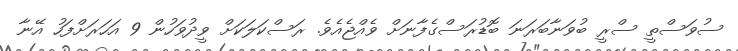
ސުވަސްތީ ސްރީ ބުވަނާބަރަނަ ބޮޑުރަސްގެފާނަށް ވެއްޖެއެވެ. ރަސްކަލަކަށް ވީދުވަހުން 9 އަހަރަށްފަހު އޭނާ